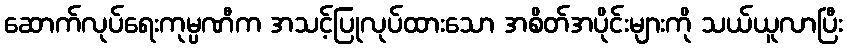
ဆောက်လုပ်ရေးကုမ္ပဏီက အသင့်ပြုလုပ်ထားသော အစိတ်အပိုင်းများကို သယ်ယူလာပြီး